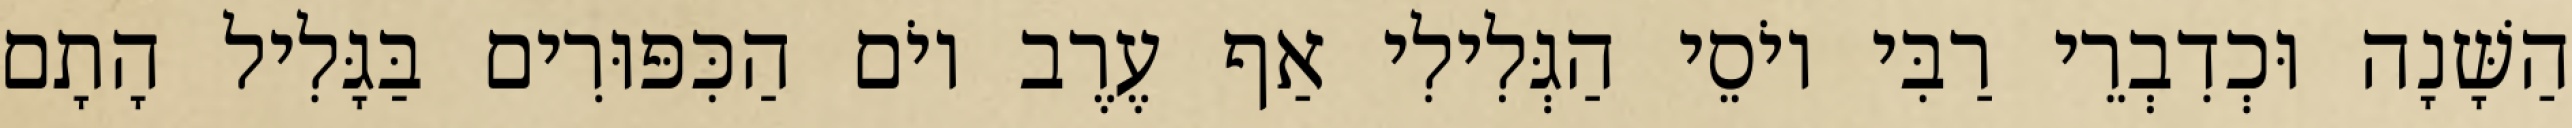
הַשָּׁנָה וּכְדִבְרֵי רַבִּי יוֹסֵי הַגְּלִילִי אַף עֶרֶב יוֹם הַכִּפּוּרִים בַּגָּלִיל הָתָם